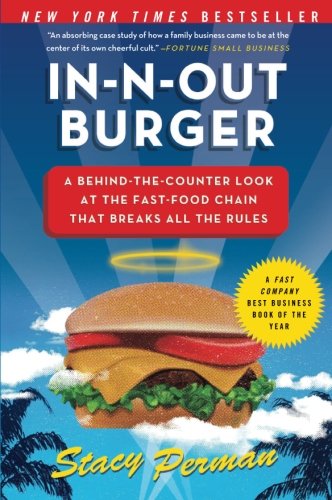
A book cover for In-N-Out Burger: A Behind-the-Counter Look at the Fast-Food Chain That Breaks All the Rules; Stacy Perman; Cookbooks, Food & Wine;